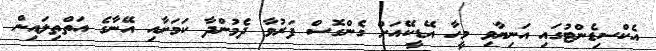
އެކްސިޑެންޓުގައި އަނިޔާވި މީހާ އޭޑީކޭއަށް ގެންގޮސް ފަރުވާ ދެމުންދާ ކަމަށާއި އޭނާގެ އަތްތިލައިން